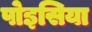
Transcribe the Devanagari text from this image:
पोइसिया